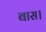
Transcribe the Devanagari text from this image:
बास।